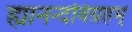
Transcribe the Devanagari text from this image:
ह्यानन्दविग्रहम्